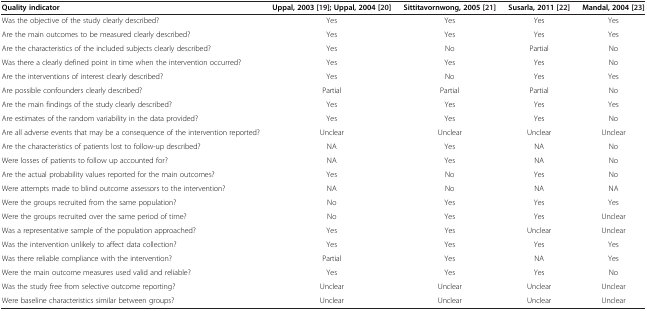
<table><thead><tr><td><b>Quality indicator</b></td><td><b>Uppal, 2003[19]; Uppal, 2004[20]</b></td><td><b>Sittitavornwong, 2005[21]</b></td><td><b>Susarla, 2011[22]</b></td><td><b>Mandal, 2004[23]</b></td></tr></thead><tbody><tr><td>Was the objective of the study clearly described?</td><td>Yes</td><td>Yes</td><td>Yes</td><td>Yes</td></tr><tr><td>Are the main outcomes to be measured clearly described?</td><td>Yes</td><td>Yes</td><td>Yes</td><td>Yes</td></tr><tr><td>Are the characteristics of the included subjects clearly described?</td><td>Yes</td><td>No</td><td>Partial</td><td>No</td></tr><tr><td>Was there a clearly defined point in time when the intervention occurred?</td><td>Yes</td><td>Yes</td><td>Yes</td><td>No</td></tr><tr><td>Are the interventions of interest clearly described?</td><td>Yes</td><td>No</td><td>Yes</td><td>Yes</td></tr><tr><td>Are possible confounders clearly described?</td><td>Partial</td><td>Partial</td><td>Partial</td><td>No</td></tr><tr><td>Are the main findings of the study clearly described?</td><td>Yes</td><td>Yes</td><td>Yes</td><td>Yes</td></tr><tr><td>Are estimates of the random variability in the data provided?</td><td>Yes</td><td>Yes</td><td>Yes</td><td>No</td></tr><tr><td>Are all adverse events that may be a consequence of the intervention reported?</td><td>Unclear</td><td>Unclear</td><td>Unclear</td><td>Unclear</td></tr><tr><td>Are the characteristics of patients lost to follow-up described?</td><td>NA</td><td>Yes</td><td>NA</td><td>No</td></tr><tr><td>Were losses of patients to follow up accounted for?</td><td>NA</td><td>Yes</td><td>NA</td><td>No</td></tr><tr><td>Are the actual probability values reported for the main outcomes?</td><td>Yes</td><td>No</td><td>Yes</td><td>No</td></tr><tr><td>Were attempts made to blind outcome assessors to the intervention?</td><td>NA</td><td>No</td><td>NA</td><td>NA</td></tr><tr><td>Were the groups recruited from the same population?</td><td>No</td><td>Yes</td><td>Yes</td><td>Yes</td></tr><tr><td>Were the groups recruited over the same period of time?</td><td>No</td><td>Yes</td><td>Yes</td><td>Unclear</td></tr><tr><td>Was a representative sample of the population approached?</td><td>Yes</td><td>Yes</td><td>Unclear</td><td>Unclear</td></tr><tr><td>Was the intervention unlikely to affect data collection?</td><td>Yes</td><td>Yes</td><td>Yes</td><td>Yes</td></tr><tr><td>Was there reliable compliance with the intervention?</td><td>Partial</td><td>Yes</td><td>NA</td><td>Yes</td></tr><tr><td>Were the main outcome measures used valid and reliable?</td><td>Yes</td><td>Yes</td><td>Yes</td><td>No</td></tr><tr><td>Was the study free from selective outcome reporting?</td><td>Unclear</td><td>Unclear</td><td>Unclear</td><td>Unclear</td></tr><tr><td>Were baseline characteristics similar between groups?</td><td>Unclear</td><td>Unclear</td><td>Unclear</td><td>Unclear</td></tr></tbody></table>